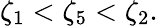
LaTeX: \zeta_{1}<\zeta_{5}<\zeta_{2}.